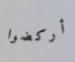
أركضوا